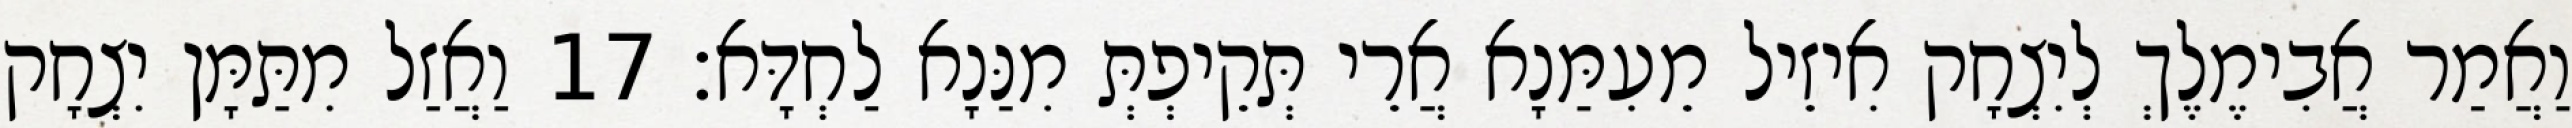
וַאֲמַר אֲבִימֶלֶךְ לְיִצְחָק אִיזֵיל מֵעִמַּנָא אֲרֵי תְּקֵיפְתְּ מִנַּנָא לַחְדָּא׃ 17 וַאֲזַל מִתַּמָּן יִצְחָק